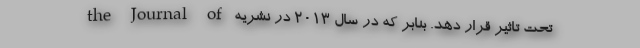
تحت تاثیر قرار دهد. بنابر که در سال 2013 در نشریه the Journal of